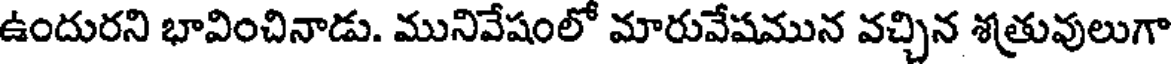
ఉందురని భావించినాడు. మునివేషంలో మారువేషమున వచ్చిన శత్రువులుగా